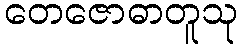
တေဇောဓာတူသု